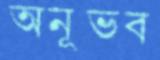
অনূভব